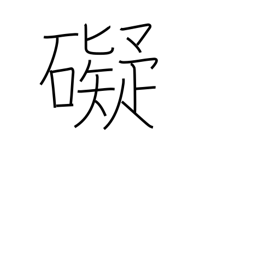
Meaning: deter